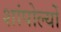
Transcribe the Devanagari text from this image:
शांपोल्यों